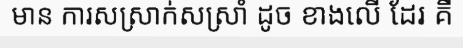
មាន ការសស្រាក់សស្រាំ ដូច ខាងលើ ដែរ គឺ